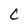
Character: C